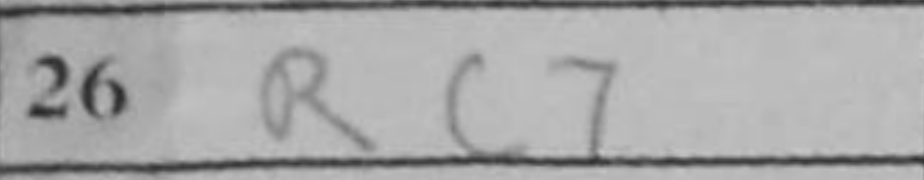
Transcription: Rc7